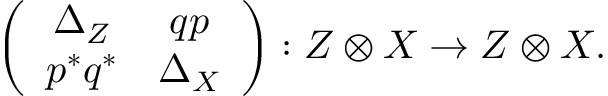
\left( \begin{array} { c c } { { \Delta _ { Z } } } & { { q p } } \\ { { p ^ { * } q ^ { * } } } & { { \Delta _ { X } } } \end{array} \right) : Z \otimes X \to Z \otimes X .